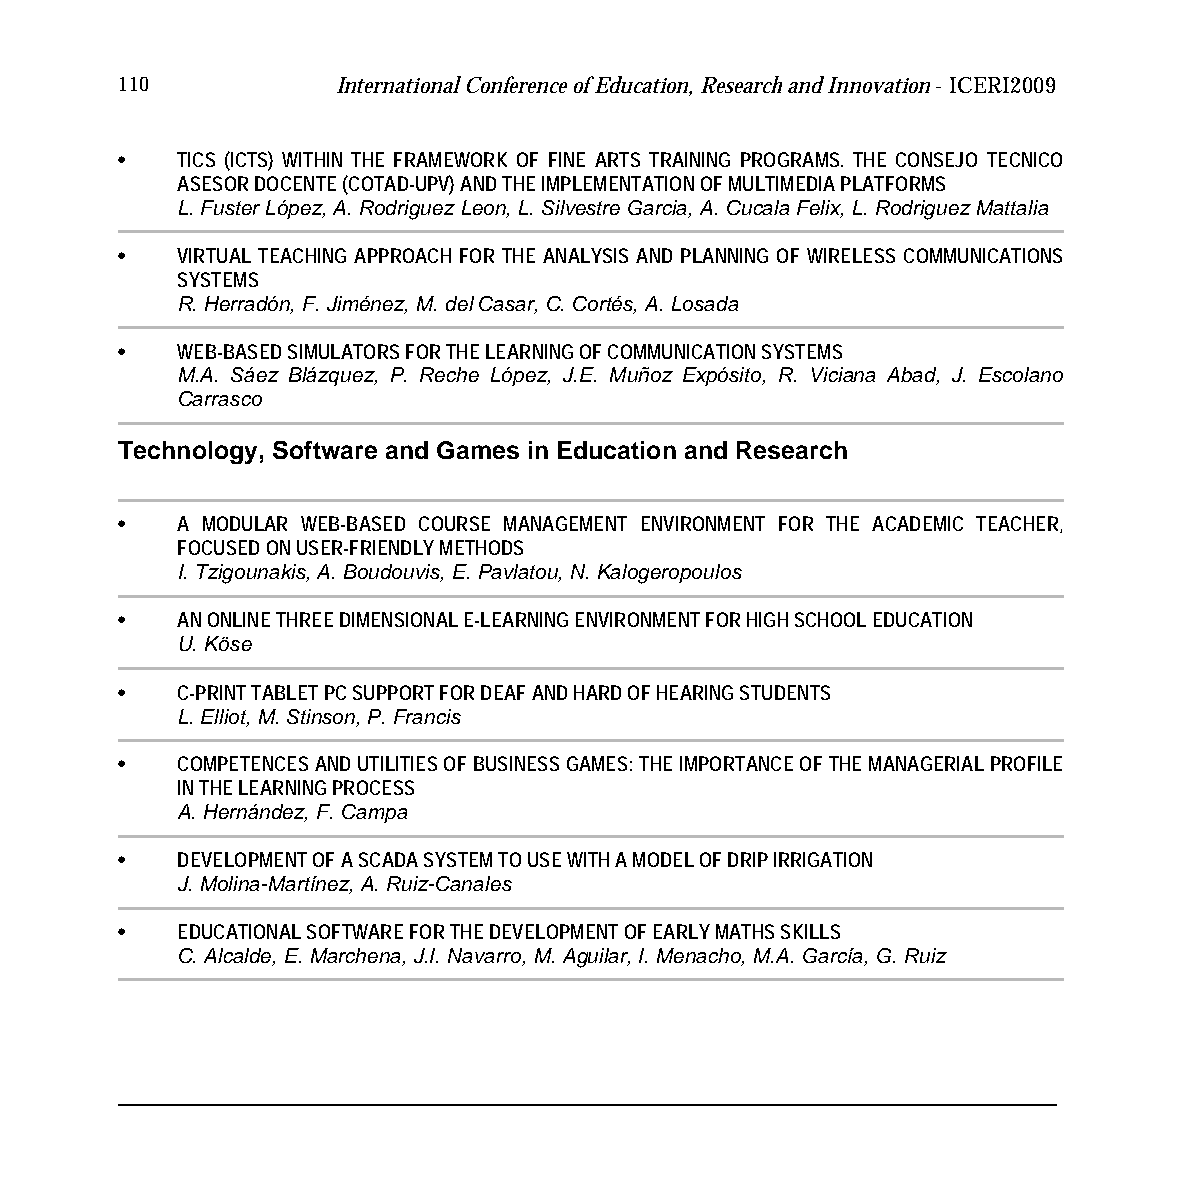
110           International Conference of Education, Research and Innovation - ICERI2009
 •   TICS (ICTS) WITHIN THE FRAMEWORK OF FINE ARTS TRAINING PROGRAMS. THE CONSEJO TECNICO
 ASESOR DOCENTE (COTAD-UPV) AND THE IMPLEMENTATION OF MULTIMEDIA PLATFORMS
 L. Fuster López, A. Rodriguez Leon, L. Silvestre Garcia, A. Cucala Felix, L. Rodriguez Mattalia
 •   VIRTUAL TEACHING APPROACH FOR THE ANALYSIS AND PLANNING OF WIRELESS COMMUNICATIONS
 SYSTEMS
 R. Herradón, F. Jiménez, M. del Casar, C. Cortés, A. Losada
 •   WEB-BASED SIMULATORS FOR THE LEARNING OF COMMUNICATION SYSTEMS
 M.A. Sáez Blázquez, P. Reche López, J.E. Muñoz Expósito, R. Viciana Abad, J. Escolano
 Carrasco
 Technology, Software and Games in Education and Research
 •   A MODULAR WEB-BASED COURSE MANAGEMENT ENVIRONMENT FOR THE ACADEMIC TEACHER,
 FOCUSED ON USER-FRIENDLY METHODS
 I. Tzigounakis, A. Boudouvis, E. Pavlatou, N. Kalogeropoulos
 •   AN ONLINE THREE DIMENSIONAL E-LEARNING ENVIRONMENT FOR HIGH SCHOOL EDUCATION
 U. Köse
 •   C-PRINT TABLET PC SUPPORT FOR DEAF AND HARD OF HEARING STUDENTS
 L. Elliot, M. Stinson, P. Francis
 •   COMPETENCES AND UTILITIES OF BUSINESS GAMES: THE IMPORTANCE OF THE MANAGERIAL PROFILE
 IN THE LEARNING PROCESS
 A. Hernández, F. Campa
 •   DEVELOPMENT OF A SCADA SYSTEM TO USE WITH A MODEL OF DRIP IRRIGATION
 J. Molina-Martínez, A. Ruiz-Canales
 •   EDUCATIONAL SOFTWARE FOR THE DEVELOPMENT OF EARLY MATHS SKILLS
 C. Alcalde, E. Marchena, J.I. Navarro, M. Aguilar, I. Menacho, M.A. García, G. Ruiz